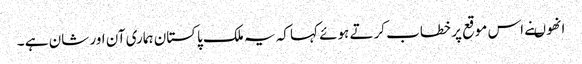
انھوںنے اس موقع پر خطاب کرتے ہوئے کہا کہ یہ ملک پاکستان ہماری آن اور شان ہے ۔